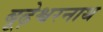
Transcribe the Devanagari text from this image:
बूढ़ेश्वरनाथ